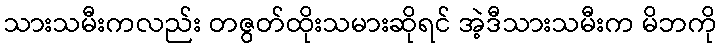
သားသမီးကလည်း တဇွတ်ထိုးသမားဆိုရင် အဲ့ဒီသားသမီးက မိဘကို